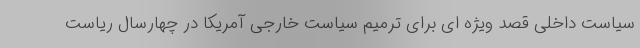
سیاست داخلی قصد ویژه ای برای ترمیم سیاست خارجی آمریکا در چهارسال ریاست